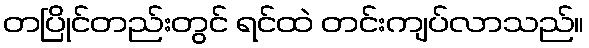
တပြိုင်တည်းတွင် ရင်ထဲ တင်းကျပ်လာသည်။